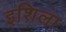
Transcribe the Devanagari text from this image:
इशिला